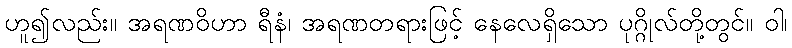
ဟူ၍လည်း။ အရဏဝိဟာ ရီနံ၊ အရဏတရားဖြင့် နေလေရှိသော ပုဂ္ဂိုလ်တို့တွင်။ ဝါ၊